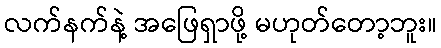
လက်နက်နဲ့ အဖြေရှာဖို့ မဟုတ်တော့ဘူး။